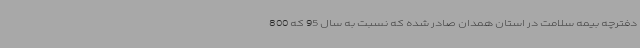
دفترچه بیمه سلامت در استان همدان صادر شده که نسبت به سال 95 که 800